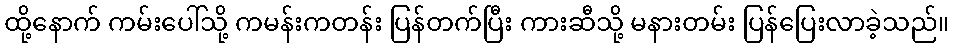
ထို့နောက် ကမ်းပေါ်သို့ ကမန်းကတန်း ပြန်တက်ပြီး ကားဆီသို့ မနားတမ်း ပြန်ပြေးလာခဲ့သည်။